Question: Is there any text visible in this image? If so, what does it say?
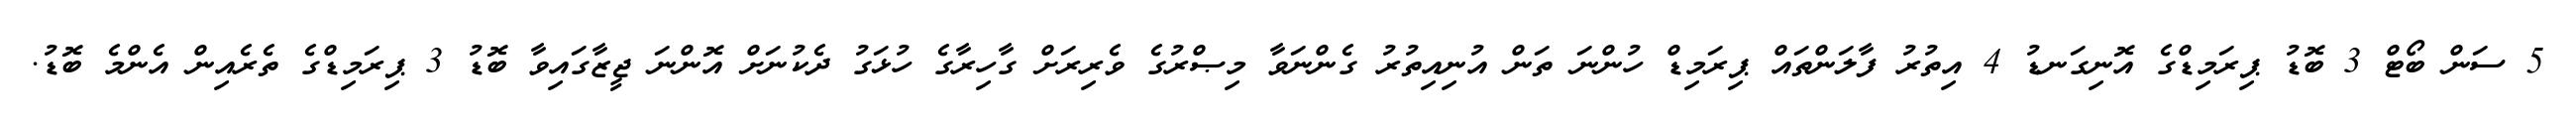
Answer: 5 ސަން ބޯޓް 3 ބޮޑު ޕިރަމިޑްގެ އޮނިގަނޑު 4 އިތުރު ފާލަންތައް ޕިރަމިޑް ހުންނަ ތަން އުނިއިތުރު ގެންނަވާ މިޞްރުގެ ވެރިރަށް ގާހިރާގެ ހުޅަގު ދެކުނަށް އޮންނަ ޖީޒާގައިވާ ބޮޑު 3 ޕިރަމިޑްގެ ތެރެއިން އެންމެ ބޮޑު.